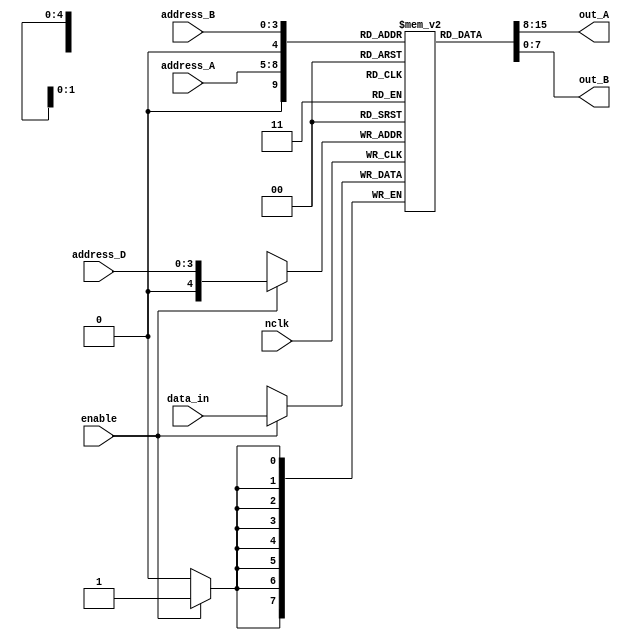
module Registers (
    input nclk, enable,
	input [3:0] address_A, address_B, address_D,
	input [7:0] data_in,
	output [7:0] out_A, out_B
);
    wire [7:0] A, B;
  	reg [7:0] memory [0:16];
	wire [7:0] D;
  
  	assign out_A = memory[address_A];
  	assign out_B = memory[address_B];
  
  	always @ (negedge nclk) begin
		if(enable == 1) begin
			memory[address_D] <= data_in;
      	end
  	end
  
  // reset memory
  	integer i;
  	initial begin
      for (i = 0; i < 128; i= i + 1) 
        memory[i] = 2*i;
    end
	
endmodule